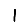
Digit: 1